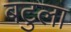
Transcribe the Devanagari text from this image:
बटुला